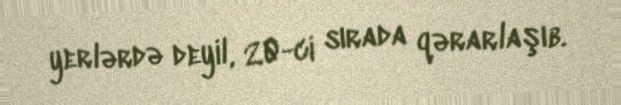
yerlərdə deyil, 20-ci sırada qərarlaşıb.